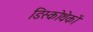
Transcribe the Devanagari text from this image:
डिस्कोथेकों